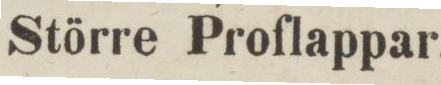
Större Proflappar,